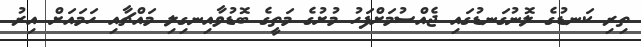
ތިރި ކަނޑުގެ ލޮނުގަނޑުގައި ޖެއްސުމަށްފަހު މުށުގެ މަތީގެ ބޮޑުވާއިނގިލި މައްޗާއި ހަމައަށް އިރު